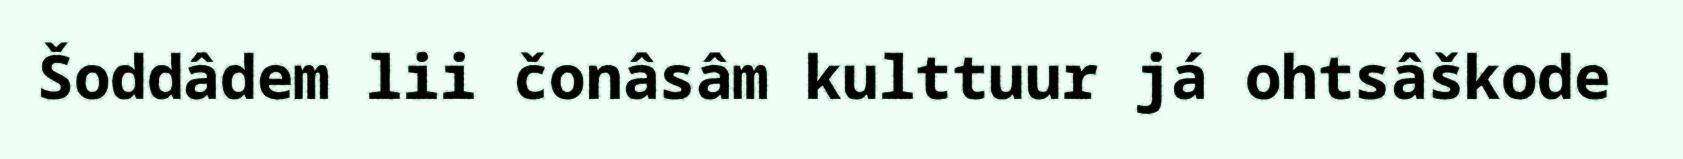
Šoddâdem lii čonâsâm kulttuur já ohtsâškode